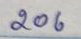
206